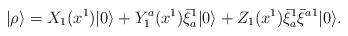
LaTeX: \begin{align*}|\rho\rangle = X_1(x^1)|0\rangle + Y_1^a(x^1) \bar \xi^1_a|0\rangle +Z_1(x^1)\bar \xi^1_a \bar \xi^{a1}|0\rangle .\end{align*}